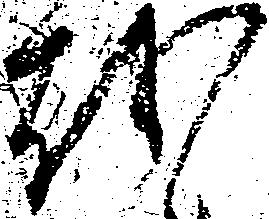
越